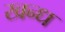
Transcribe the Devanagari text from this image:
खन्ध